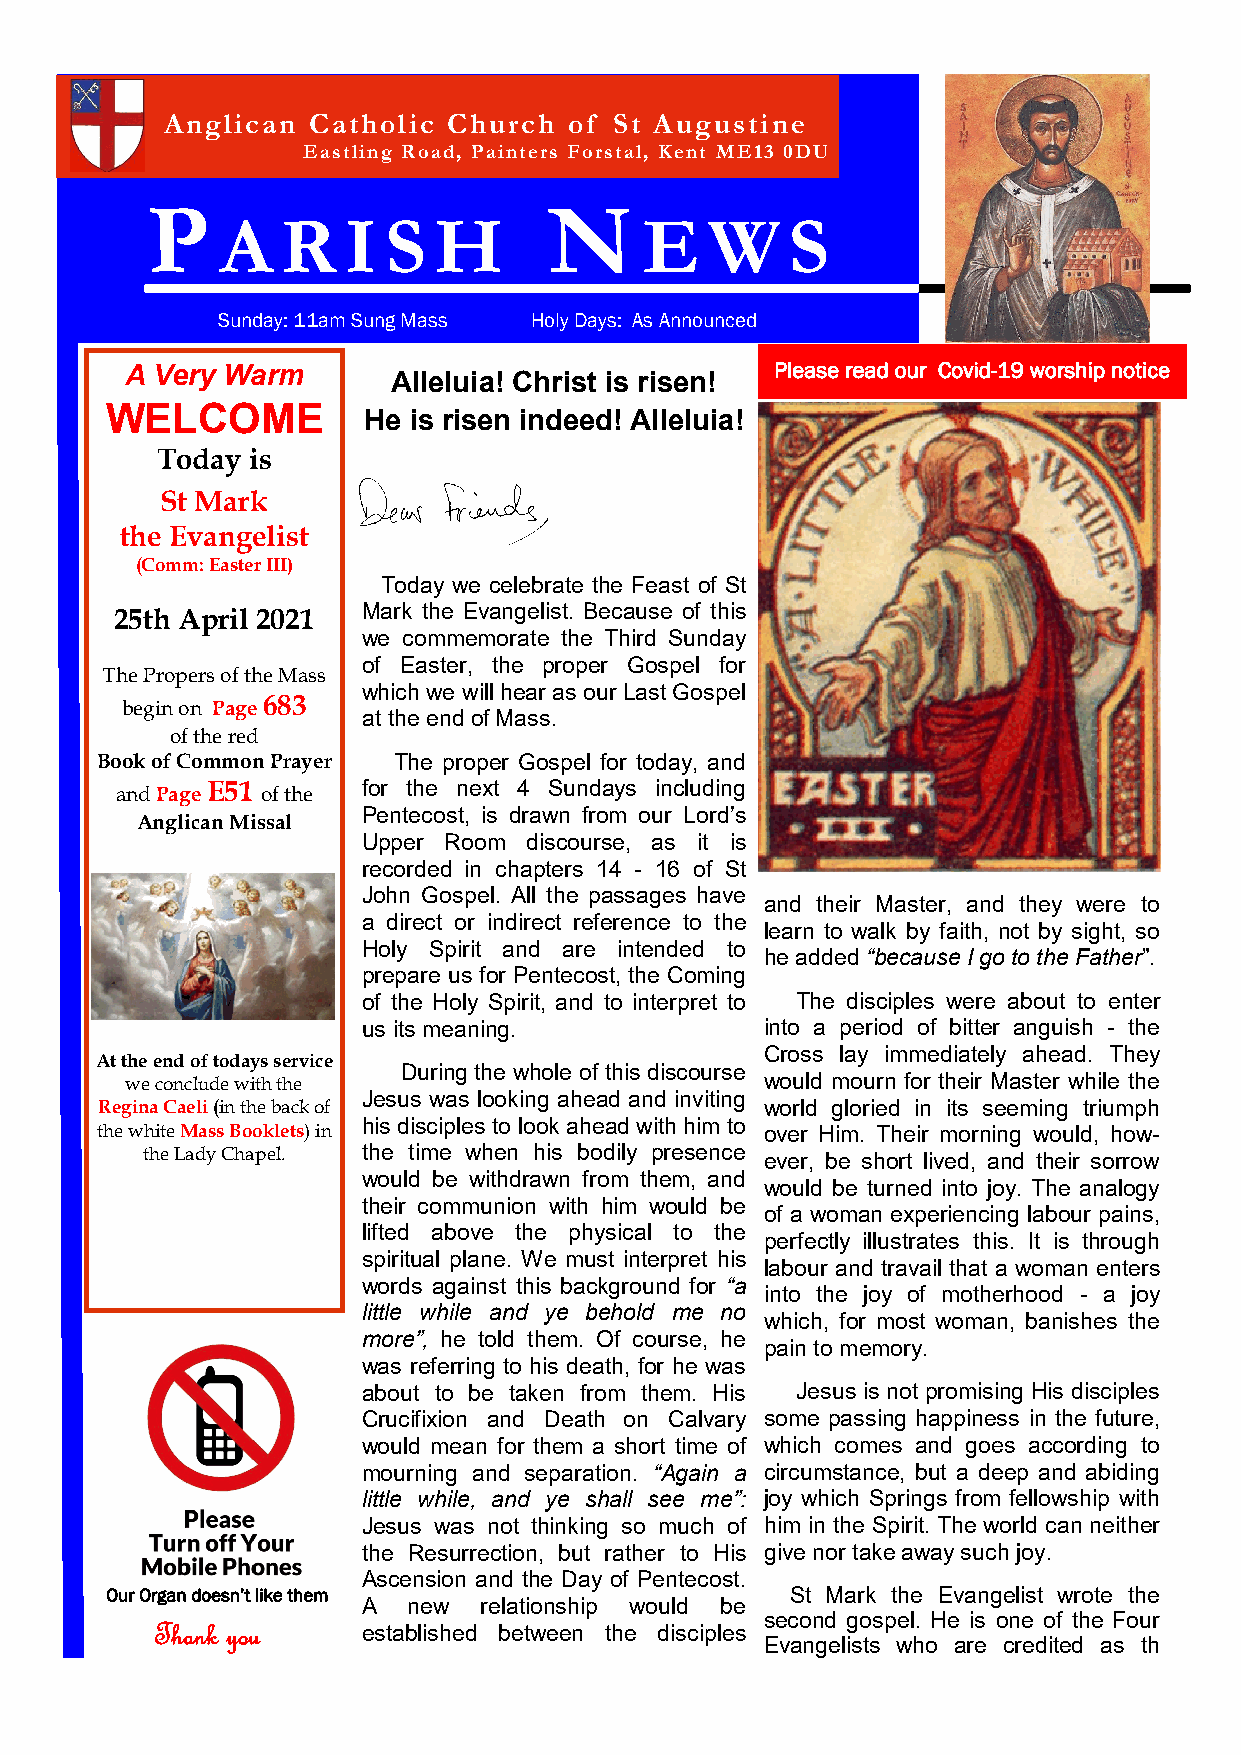
Anglican Catholic  Church  of St Augustine
 Eastling Road, Painters Forstal, Kent ME13 0DU
 P                         N
 A   R   I S   H             E   W    S
 Sunday: 11am Sung Mass Holy Days: As Announced
 A Very Warm                                Please read our Covid-19 worship notice
 Alleluia! Christ is risen!
 WELCOME
 He is risen indeed! Alleluia!
 Today is
 St Mark
 the Evangelist
 (Comm: Easter III)
 Today we celebrate the Feast of St
 25th April 2021 Mark the Evangelist. Because of this
 we commemorate the Third Sunday
 of Easter, the proper Gospel for
 The Propers of the Mass
 which we will hear as our Last Gospel
 begin on Page 683
 at the end of Mass.
 of the red
 Book of Common Prayer The proper Gospel for today, and
 and Page E51 of the for the next 4 Sundays including
 Pentecost, is drawn from our Lord’s
 Anglican Missal
 Upper Room discourse, as it is
 recorded in chapters 14 - 16 of St
 John Gospel. All the passages have
 and their Master, and they were to
 a direct or indirect reference to the
 learn to walk by faith, not by sight, so
 Holy Spirit and are intended to
 he added “because I go to the Father”.
 prepare us for Pentecost, the Coming
 of the Holy Spirit, and to interpret to The disciples were about to enter
 us its meaning.            into a period of bitter anguish - the
 Cross lay immediately ahead. They
 At the end of todays service
 During the whole of this discourse
 we conclude with the                       would mourn for their Master while the
 Jesus was looking ahead and inviting
 Regina Caeli (in the back of                 world gloried in its seeming triumph
 his disciples to look ahead with him to
 the white Mass Booklets) in                  over Him. Their morning would, how-
 the Lady Chapel. the time when his bodily presence ever, be short lived, and their sorrow
 would be withdrawn from them, and
 would be turned into joy. The analogy
 their communion with him would be
 of a woman experiencing labour pains,
 lifted above the physical to the
 perfectly illustrates this. It is through
 spiritual plane. We must interpret his
 labour and travail that a woman enters
 words against this background for “a
 into the joy of motherhood - a joy
 little while and ye behold me no
 which, for most woman, banishes the
 more”, he told them. Of course, he
 pain to memory.
 was referring to his death, for he was
 about to be taken from them. His Jesus is not promising His disciples
 Crucifixion and Death on Calvary some passing happiness in the future,
 would mean for them a short time of which comes and goes according to
 mourning and separation. “Again a circumstance, but a deep and abiding
 little while, and ye shall see me”: j o y which Springs from fellowship with
 Jesus was not thinking so much of him in the Spirit. The world can neither
 the Resurrection, but rather to His give nor take away such joy.
 Ascension and the Day of Pentecost.
 Our Organ doesn’t like them                  St Mark the Evangelist wrote the
 A  new  relationship would be
 second gospel. He is one of the Four
 Thank you     established between the disciples
 Evangelists who are credited as th